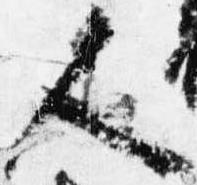
人